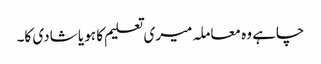
چاہے وہ معاملہ میری تعلیم کا ہو یا شادی کا۔